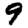
Digit: 9